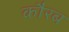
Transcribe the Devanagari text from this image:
कौरब